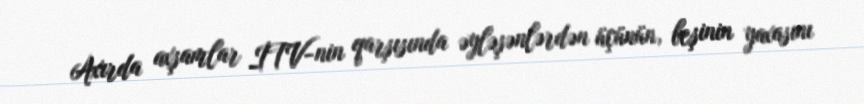
Axırda axşamlar İTV-nin qarşısında əyləşənlərdən üçünün, beşinin yaxasını